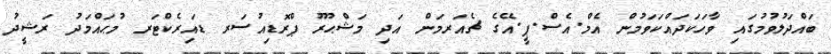
ބައްދަލުވުމުގައި ވާހަކަދައްކަވަމުން އެމް.އެސް.ޕީ.އޭގެ ޗެއަރމަން އަދި މަޝްޙޫރު ޕްރޮޑިއުސަރ ޑައިރެކްޓަރ މުޙައްމަދު ރަޝީދު